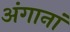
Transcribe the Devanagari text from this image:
अंगानां